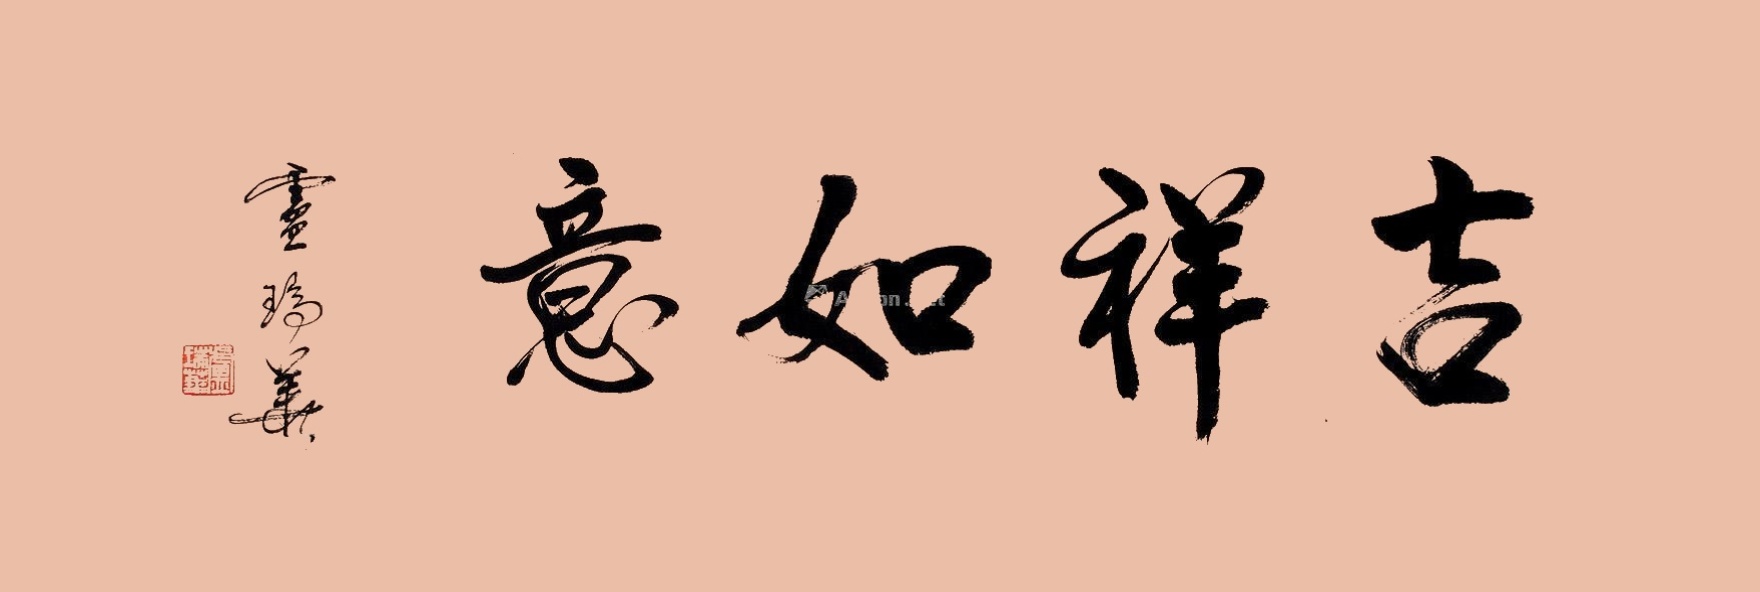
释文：吉祥如意卢瑞华。